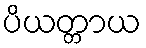
ပိယတ္တာယ